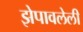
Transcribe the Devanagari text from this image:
झेपावलेली